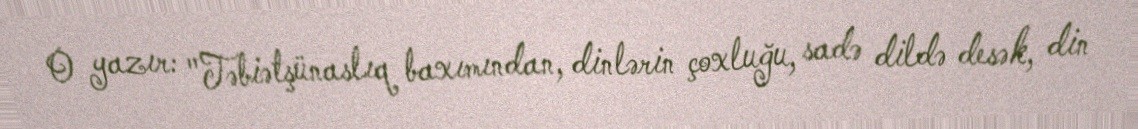
O yazır: "Təbiətşünaslıq baxımından, dinlərin çoxluğu, sadə dildə desək, din